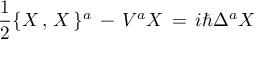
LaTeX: { \frac { 1 } { 2 } } \{ X \, , \, X \, \} ^ { a } \, - \, V ^ { a } X \, = \, i \hbar \Delta ^ { a } X